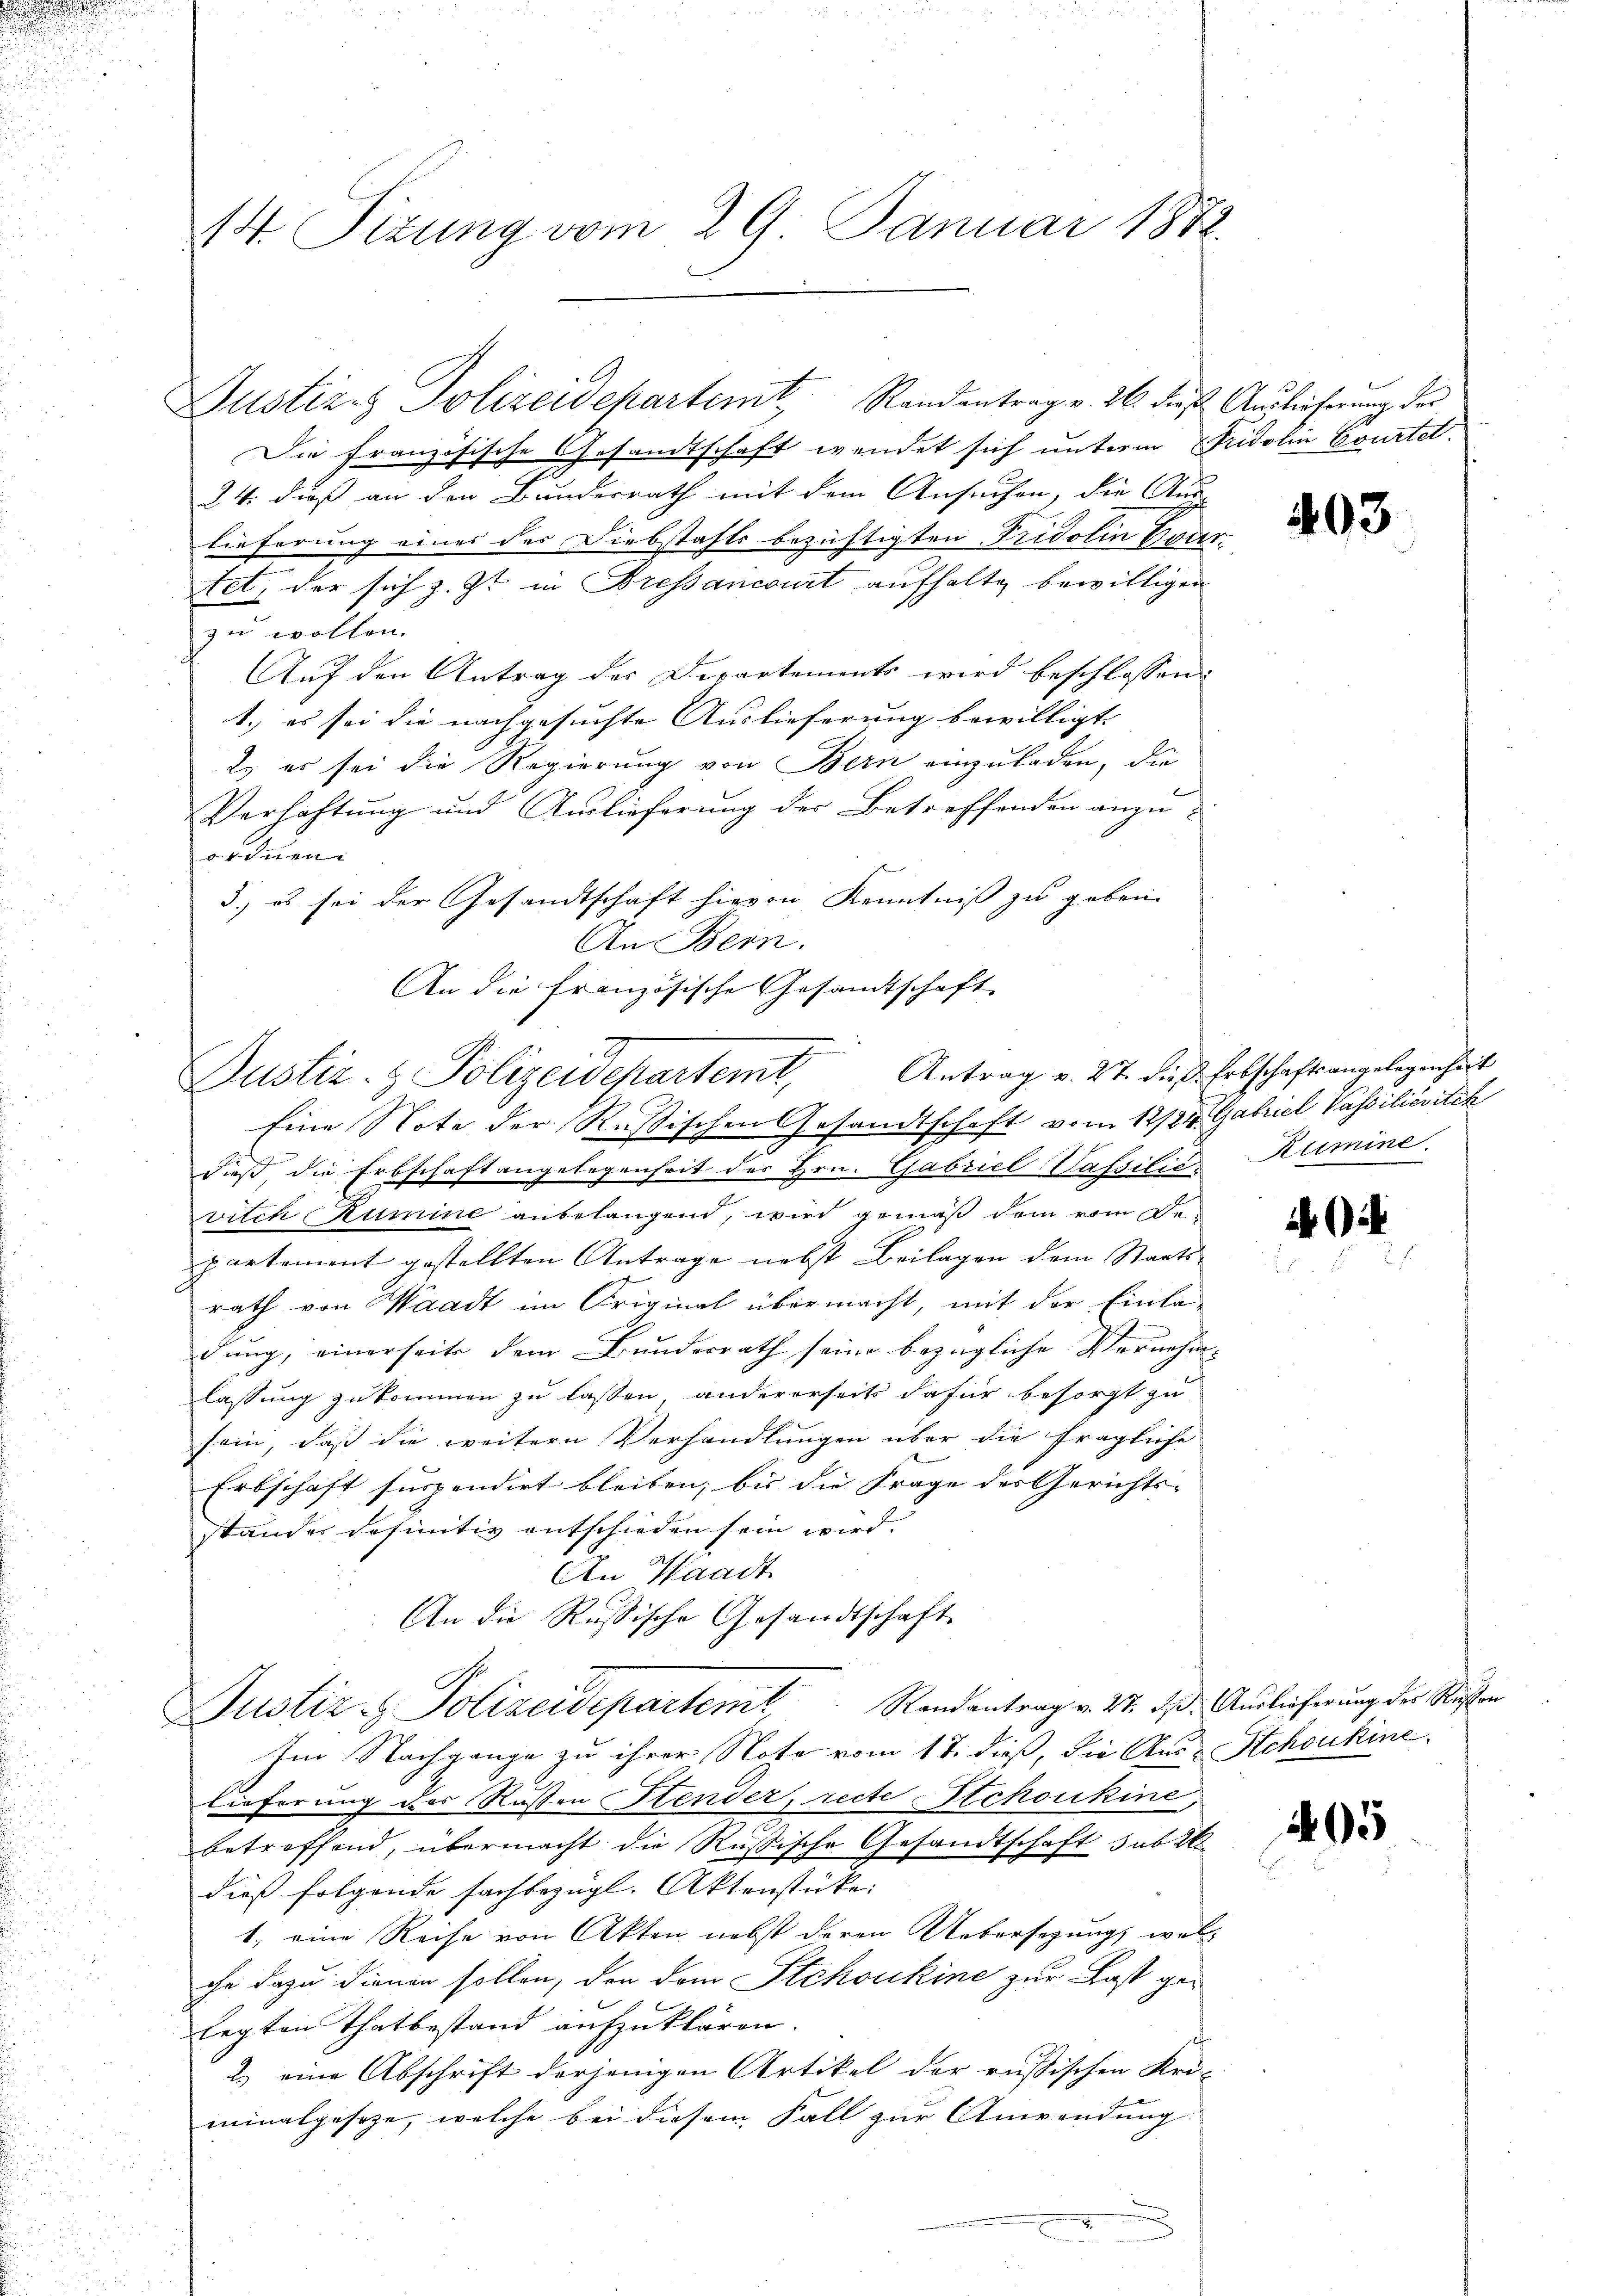
14. Sizung vom 29. Januar 1872.

Justiz & Polizeidepartemt, Randentrag v. 26. dieß. Auslieferung des
Die französische Gesandtschaft wendet sich unterm Fridolin Courtet.
24. dieß an den Bundesrath mit dem Ansuchen, die Ana-
tieferung eines der Diebstahls bezichtigten Tridolin Cour¬
Ext, der sich z. Zt. in Bressancourt aufhalte bewilligen
zu wollen.
Auf den Antrag der Departements wird beschlossen:
1.) es sei die nachgesuchte Auslieferung bewilligt. |
2. es sei die Regierung von Bern einzuladen, die
Verhaftung und Auslieferung des Betreffenden anzu-
ordnen.
3.) es sei der Gesandtschaft hievon Kenntniß zu geben.
An Bern.
An die französische Gesandtschaft

Justiz- & Polizeidepartemt, Antrag v. 27. dieß Erbschaftsangelegenheit

Eine Note der Rußischen Gesandtschaft vom 12/24. Gabriel Vassilievitch
dieß, die Erbschaft angelegenheit des Hrn. Gabriel Safsilić
vilch Rumine anbelangend, wird gemäß dem vom Departement gestellten Antrage nebst Beilagen dem Staatsrath von Waadt im Original übermacht, mit der Einla-
dung, einerseits dem Bundesrath seine bezügliche Vernehm- |
lassung zukommen zu lassen, andererseits dafür besorgt zu
sein, daß die weitern Verhandlungen über die fragliche
Erbschaft suspendirt bleiben, bis die Frage des Gerichts- |
standes definitiv entschieden sein wird.
An Waadt
An die Russische Gesandtschaft
Randantrag v. 27. ds. Auslieferung des Rufen
Justiz & Polizeidepartemt
Im Nachgange zu ihrer Note vom 17. dieß, die Aus-Stchoukine¬
Lieferung des Rossen Stender, recte Schoukine,
betreffend, übermacht die Rußische Gesandtschaft sub 2
dieß folgende fachbezügl. Aktenstücke:
1, eine Reise von Akten nebst deren Uebersezung, welche dazu dienen sollen, der dem Stchoukine zur Last gelegten Thatbestand aufzuklären.
2.) eine Abschrift derjenigen Artikel der russischen Kro-
minalgeseze, welche bei diesem Fall zur Anwendung

403

Rumine.

.

405